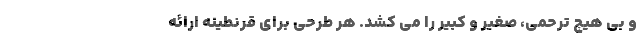
و بی هیچ ترحمی، صغیر و کبیر را می کُشد. هر طرحی برای قرنطینه ارائه